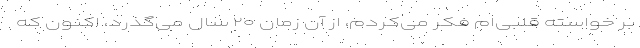
بر خواسته قلبی‌ام فکر می‌کردم، از آن زمان ۲۰ سال می‌گذرد، اکنون که